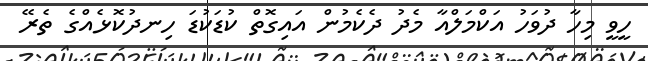
ހީވީ މިހާ ދުވަހު އަކްމަލްއާ މެދު ދެކެމުން އައިގޮތް ކުޑަކުޑަ ހިނދުކޮޅެއްގެ ތެރޭ